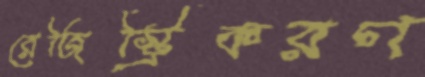
রেজিস্ট্রিকরণ